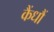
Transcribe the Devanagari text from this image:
कैंधौं